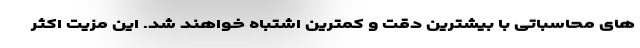
های محاسباتی با بیشترین دقت و کمترین اشتباه خواهند شد. این مزیت اکثر